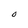
Character: O